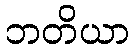
ဘတိယာ